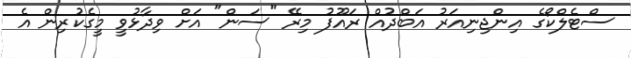
ސްޓެލްކޯގެ އިންޖިނިއަރު އަބްދުއް ރައޫފު މިރޭ "ސަން" އަށް ވިދާޅުވީ މީގެކުރިން އެ